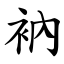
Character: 衲